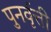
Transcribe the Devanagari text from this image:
पुनर्वृत्ती